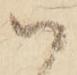
ハ